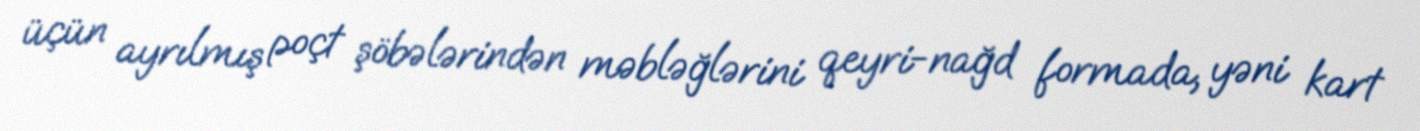
üçün ayrılmış poçt şöbələrindən məbləğlərini qeyri-nağd formada, yəni kart